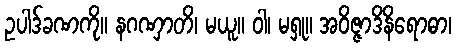
ဥပါဒ်ခဏကို။ နဂဏှာတိ၊ မယူ။ ဝါ၊ မရှု။ အဝိဇ္ဇာဒိနိရောဓာ၊